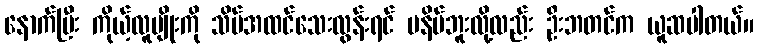
နောက်ပြီး ကိုယ့်လူမျိုးကို သိပ်အထင်သေးလွန်းရင် မနိပ်ဘူးလို့လည်း ဦးဘတင်က ယူဆပါတယ်။